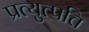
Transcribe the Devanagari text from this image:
प्रत्युत्पत्ति